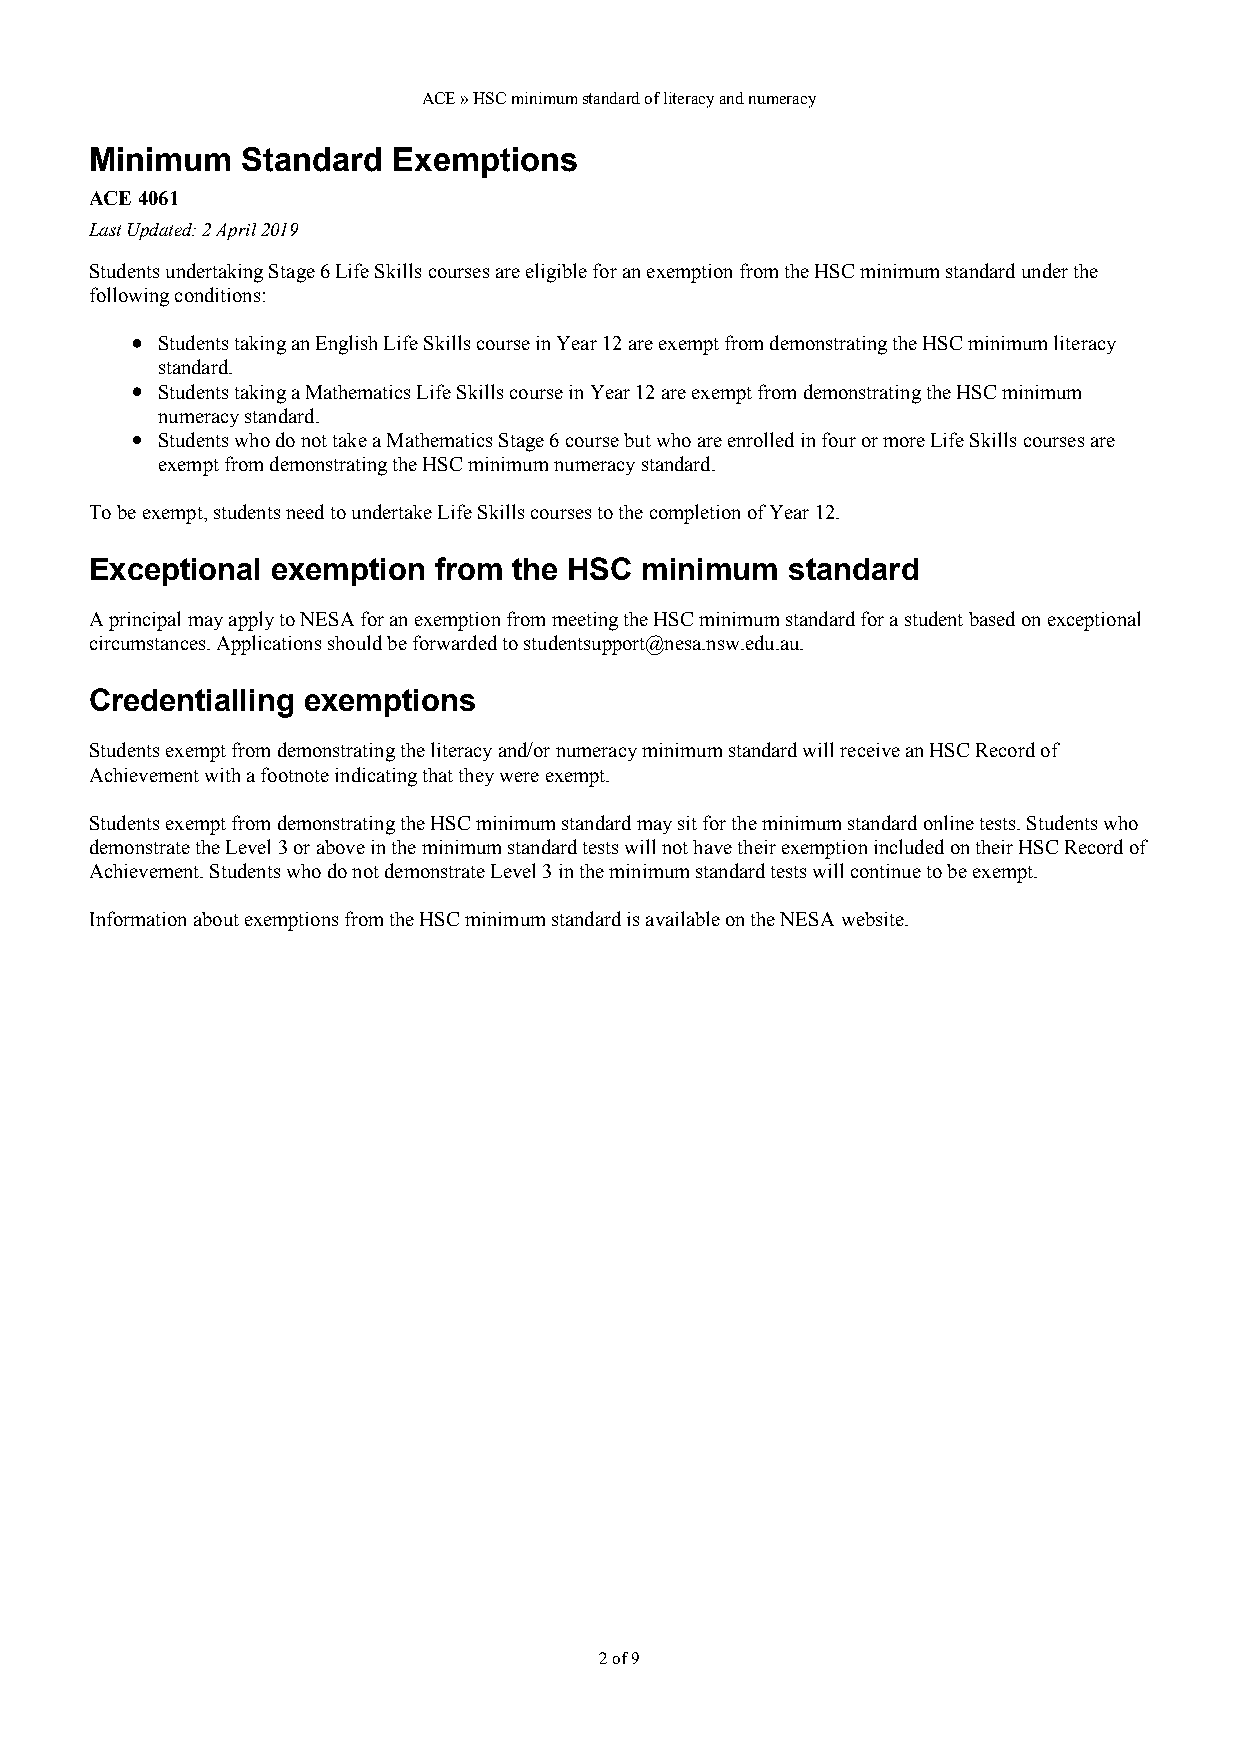
ACE » HSC minimum standard of literacy and numeracy
 Minimum   Standard  Exemptions
 ACE 4061
 Last Updated: 2 April 2019
 Students undertaking Stage 6 Life Skills courses are eligible for an exemption from the HSC minimum standard under the
 following conditions:
 Students taking an English Life Skills course in Year 12 are exempt from demonstrating the HSC minimum literacy
 standard.
 Students taking a Mathematics Life Skills course in Year 12 are exempt from demonstrating the HSC minimum
 numeracy standard.
 Students who do not take a Mathematics Stage 6 course but who are enrolled in four or more Life Skills courses are
 exempt from demonstrating the HSC minimum numeracy standard.
 To be exempt, students need to undertake Life Skills courses to the completion of Year 12.
 Exceptional exemption  from the HSC minimum   standard
 A principal may apply to NESA for an exemption from meeting the HSC minimum standard for a student based on exceptional
 circumstances. Applications should be forwarded to studentsupport@nesa.nsw.edu.au.
 Credentialling exemptions
 Students exempt from demonstrating the literacy and/or numeracy minimum standard will receive an HSC Record of
 Achievement with a footnote indicating that they were exempt.
 Students exempt from demonstrating the HSC minimum standard may sit for the minimum standard online tests. Students who
 demonstrate the Level 3 or above in the minimum standard tests will not have their exemption included on their HSC Record of
 Achievement. Students who do not demonstrate Level 3 in the minimum standard tests will continue to be exempt.
 Information about exemptions from the HSC minimum standard is available on the NESA website.
 2 of 9